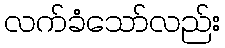
လက်ခံသော်လည်း